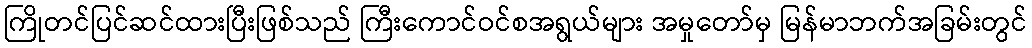
ကြိုတင်ပြင်ဆင်ထားပြီးဖြစ်သည် ကြီးကောင်ဝင်စအရွယ်များ အမှုတော်မှ မြန်မာဘက်အခြမ်းတွင်